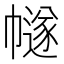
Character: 𢅕